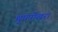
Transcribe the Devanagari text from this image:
थुपपोखरा